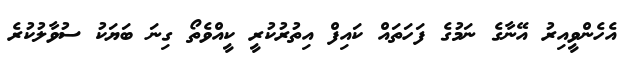
އެހެންވީއިރު އޭނާގެ ނަމުގެ ފަހަތައް ކައިފް އިތުރުކުރީ ކީއްވެތޯ ގިނަ ބަޔަކު ސުވާލުކުރެ